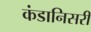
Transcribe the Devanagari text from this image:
कंडानिसरी